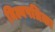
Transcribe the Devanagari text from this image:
बिल्वपत्रिका